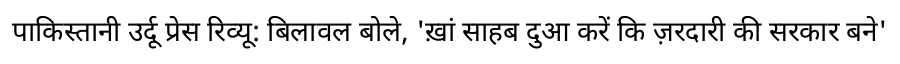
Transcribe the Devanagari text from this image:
पाकिस्तानी उर्दू प्रेस रिव्यू: बिलावल बोले, 'ख़ां साहब दुआ करें कि ज़रदारी की सरकार बने'